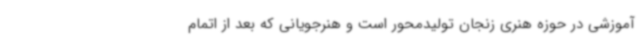
آموزشی در حوزه هنری زنجان تولیدمحور است و هنرجویانی که بعد از اتمام